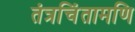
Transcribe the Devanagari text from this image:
तंत्रचिंतामणि